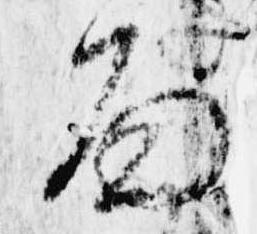
面